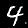
Digit: 4